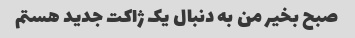
صبح بخیر من به دنبال یک ژاکت جدید هستم